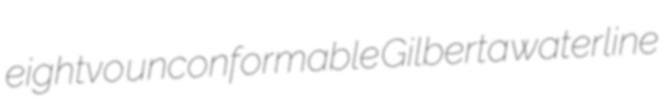
eightvo unconformable Gilberta waterline